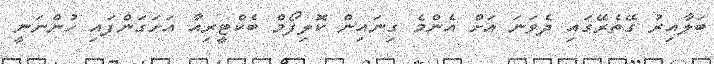
ބަލާއިރު ގޭތެރޭގައި ދެވަނަ އަށް އެންމެ ގިނައިން ކޮލިފޯމް ބެކްޓީރިއާ އަށަގަންފައި ހުންނަނީ